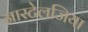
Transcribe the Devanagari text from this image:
नास्टेलजिया